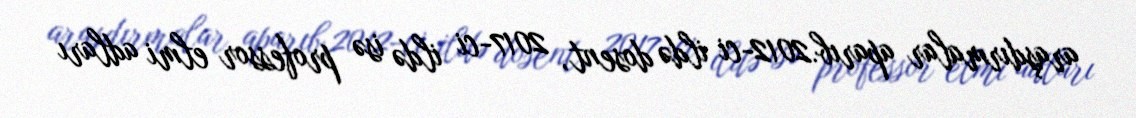
araşdırmalar aparıb.2012-ci ildə dosent, 2017-ci ildə isə professor elmi adları